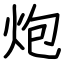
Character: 炮